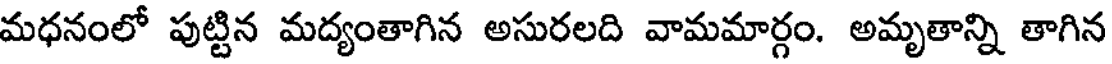
మధనంలో పుట్టిన మద్యంతాగిన అసురలది వామమార్గం. అమృతాన్ని తాగిన